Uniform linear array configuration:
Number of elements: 12
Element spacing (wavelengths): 0.5
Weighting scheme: uniform
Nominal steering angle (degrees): -60
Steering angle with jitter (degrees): -59.507
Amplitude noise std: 0.05
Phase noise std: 0.05

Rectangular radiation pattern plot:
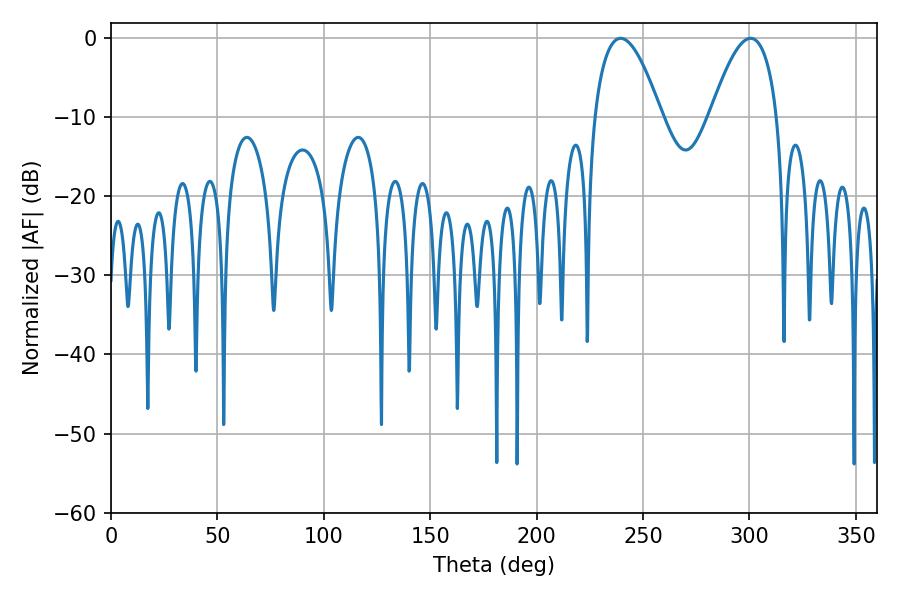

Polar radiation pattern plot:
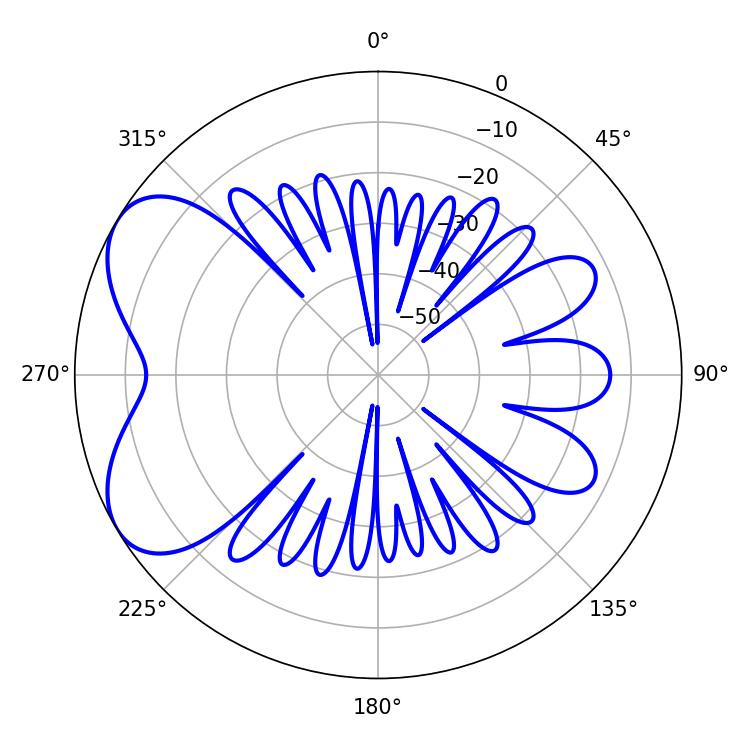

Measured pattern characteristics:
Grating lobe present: FALSE
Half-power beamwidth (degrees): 17.28
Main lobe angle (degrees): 239.4